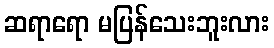
ဆရာရော မပြန်သေးဘူးလား